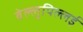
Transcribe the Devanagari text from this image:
वेल्लुपिल्लई